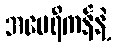
အမေရိကန်နဲ့